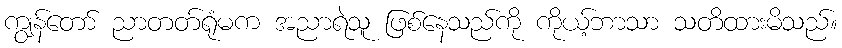
ကျွန်တော် ညာတတ်ရုံမက အညာရဲသူ ဖြစ်နေသည်ကို ကိုယ့်ဘာသာ သတိထားမိသည်။